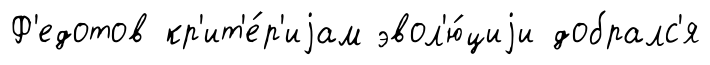
Ф'едотов кр'ит'е́р'иjам эвол'ю́циjи добралс'я